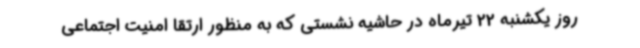
روز یکشنبه 22 تیرماه در حاشیه نشستی که به منظور ارتقا امنیت اجتماعی